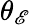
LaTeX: \theta_{\mathscr{E}}